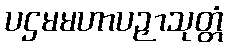
ပဌမမဟာပဉှာသုတ္တံ